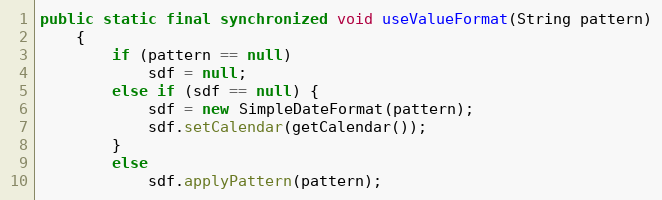
Language: Java
public static final synchronized void useValueFormat(String pattern)
	{
		if (pattern == null)
			sdf = null;
		else if (sdf == null) {
			sdf = new SimpleDateFormat(pattern);
			sdf.setCalendar(getCalendar());
		}
		else
			sdf.applyPattern(pattern);